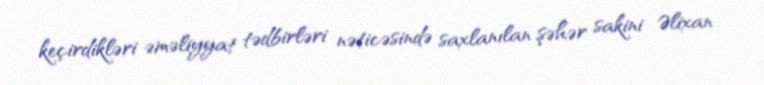
keçirdikləri əməliyyat tədbirləri nəticəsində saxlanılan şəhər sakini Əlixan